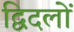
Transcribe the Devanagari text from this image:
द्विदलों